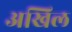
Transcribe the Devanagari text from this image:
अखिल